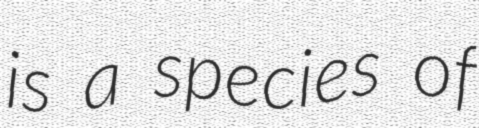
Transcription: is a species of